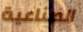
الصناعية